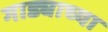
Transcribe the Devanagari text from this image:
गाड्याच्या